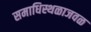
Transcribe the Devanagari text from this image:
समाधिस्थळाजवळ